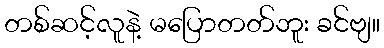
တစ်ဆင့်လူနဲ့ မပြောတတ်ဘူး ခင်ဗျ။